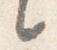
々